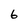
Character: 6